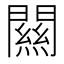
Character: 闗